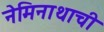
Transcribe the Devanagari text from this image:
नेमिनाथाची